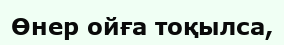
Өнер ойға тоқылса,